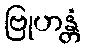
ဗြုဟန္တံ